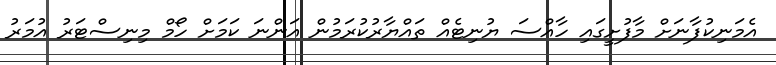
އެމަނިކުފާނަށް މާފުށީގައި ހާއްސަ ޔުނިޓެއް ތައްޔާރުކުރަމުން އަންނަ ކަމަށް ހޯމް މިނިސްޓަރު އުމަރު